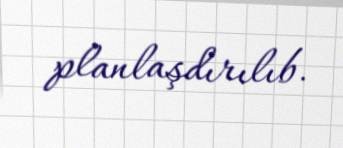
planlaşdırılıb.